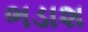
ભડાશ